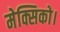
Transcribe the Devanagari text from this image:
मेक्सिको।